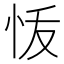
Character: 𭜞